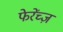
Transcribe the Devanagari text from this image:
फेरेंच्ज़